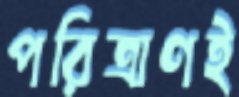
পরিত্রাণই